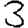
Digit: 3